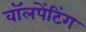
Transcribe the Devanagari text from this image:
वॉलपेंटिंग